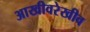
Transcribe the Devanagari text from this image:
आखीवरेखीव